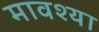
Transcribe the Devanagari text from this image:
मावश्या